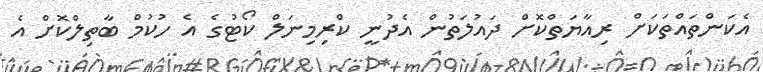
އެކަންތައްތަކަށް ރިއާޔަތްކޮށް ދައުލަތުން އެދުނީ ކްރިމިނަލް ކޯޓުގެ އެ ހުކުމް ބާތިލްކޮށް އެ